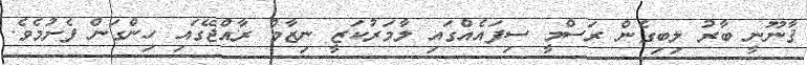
ޤާނޫނީ ބާރު ލިބިގެން ރަސްމީ ސިފައެއްގައި ލާމަރުކަޒީ ނިޒާމް ރާއްޖޭގައި ހިންގަން ފެށުމެވެ.